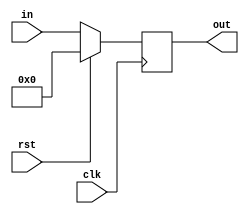
`timescale 1ns / 1ps
//////////////////////////////////////////////////////////////////////////////////
// Company: 
// Engineer: 
// 
// Design Name: 
// Module Name: dff_8
// Project Name: 
// Target Devices: 
// Tool Versions: 
// Description: 
// 
// Dependencies: 
// 
// Revision:
// Revision 0.01 - File Created
// Additional Comments:
// 
//////////////////////////////////////////////////////////////////////////////////


module dff_8(input[7:0] in, input clk, input rst, output reg[7:0] out);

always @(posedge clk)
    begin
        if(rst)
            begin
                out<=8'd0;         
            end
        else
            begin
                out<=in;
            end
    end
    
endmodule